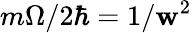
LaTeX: m\Omega/2\hbar=1/\mathbf{w}^{2}